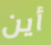
أين